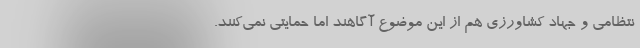
نتظامی و جهاد کشاورزی هم از این موضوع آگاهند اما حمایتی نمی‌کنند.